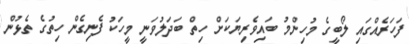
ފަހަރެއްގައި ލޯބީގެ މުހިންމު ބައިވެރިޔަކަށް ހިތް ބަދަލުވަނީ މީހަކު ފެނިގެން ހިތުގެ ތެޅުން